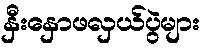
နှီးနှောဖလှယ်ပွဲများ